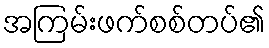
အကြမ်းဖက်စစ်တပ်၏